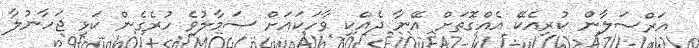
އަރްސަލާން ކުރިއެކޭ އެއްގޮތަށް އޭނާ ދެއްކި ވާހަކައަށް ސަމާލުވެ ހުރެގެން ކަޅި ޖަހާނުލާ